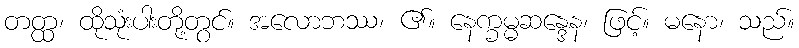
တတ္ထ၊ ထိုသုံးပါးတို့တွင်။ အလောဘဿ၊ ၏။ နေက္ခမ္မဆန္ဒေန၊ ဖြင့်။ မနော၊ သည်။